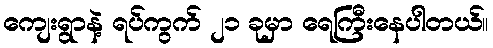
ကျေးရွာနဲ့ ရပ်ကွက် ၂၁ ခုမှာ ရေကြီးနေပါတယ်။